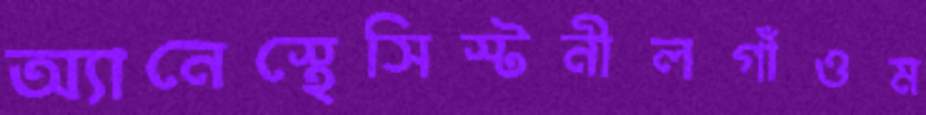
অ্যানেস্থেসিস্টনীলগাঁওম